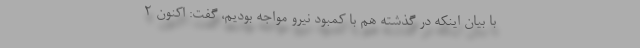
با بیان اینکه در گذشته هم با کمبود نیرو مواجه بودیم، گفت: اکنون ۲